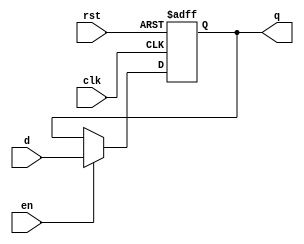
`timescale 1ns / 1ps

module pc #(parameter WIDTH = 8)(
    input wire clk, rst, en,
    input wire[WIDTH-1:0] d,
    output reg[WIDTH-1:0] q
);

    always @(posedge clk, posedge rst) begin
        if (rst) begin
            q <= 32'hbfc00000; // Initialize q with a specific value on reset
        end else if (en) begin
            q <= d; // Update q with the input value when enabled
        end
    end
endmodule